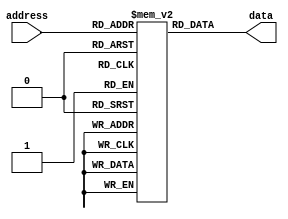
module fuse_ROM (
    input wire [N-1:0] address,
    output wire [M-1:0] data
);

parameter N = 8; // Address width
parameter M = 8; // Data width

reg [M-1:0] memory [0:2**N-1];

initial begin
    // Initialize memory with hardcoded data
    memory[0] = 8'b00000000;
    memory[1] = 8'b00000001;
    memory[2] = 8'b00000010;
    // Add more initialization values as needed
end

assign data = memory[address];

endmodule